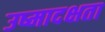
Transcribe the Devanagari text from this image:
उष्मादक्षता